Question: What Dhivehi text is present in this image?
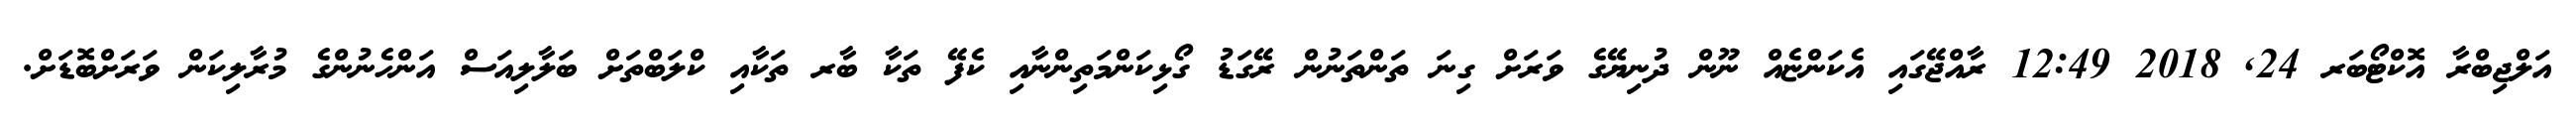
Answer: އަލްޖިބްރާ އޮކްޓޯބަރ 24, 2018 12:49 ރާއްޖޭގައި އެކަންޏެއް ނޫން ދުނިޔޭގެ ވަރަށް ގިނަ ތަންތަނުން ރޭގަޑު ގޯޅިކަންމަތިންނާއި ކެފޭ ތަކާ ބާރ ތަކާއި ކްލަބްތަށް ބަލާލިއަސް އަންހެނުންގެ މުރާލިކަން ވަރަށްބޮޑަށް.